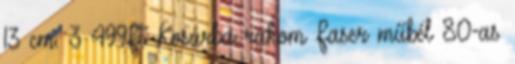
13 cm. 3 499Ft Kosárba rakom Faser műbél 80-as